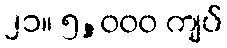
၂၁။ ၅,၀၀၀ ကျပ်